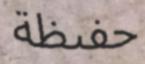
حفيظة